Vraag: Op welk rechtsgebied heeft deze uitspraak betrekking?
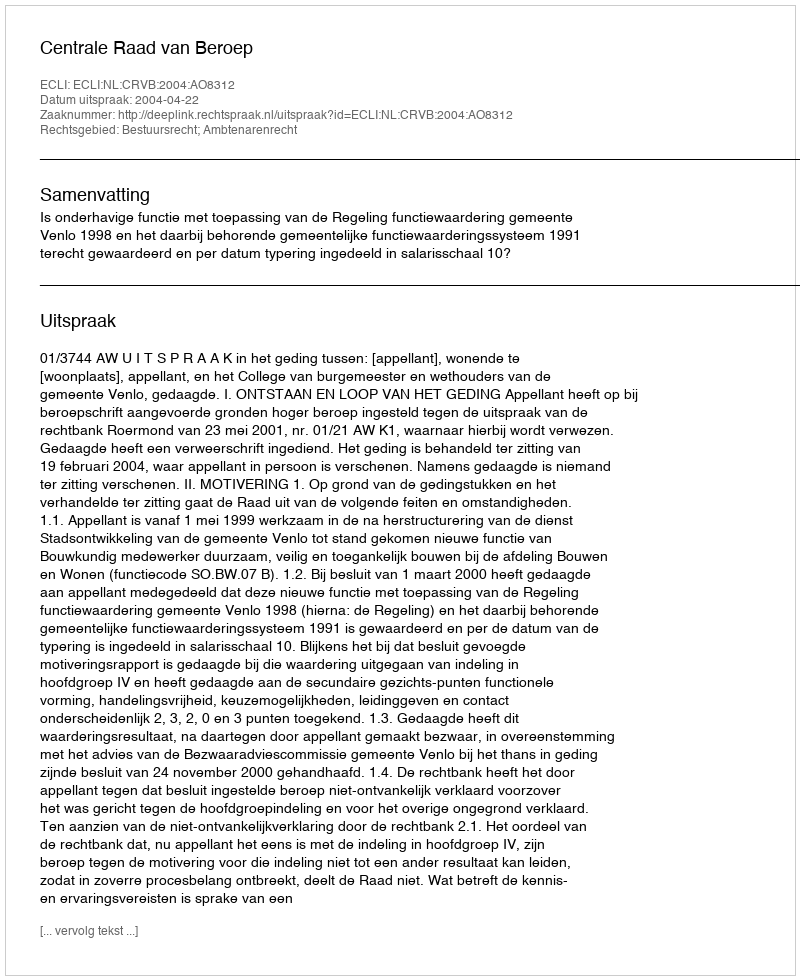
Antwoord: Bestuursrecht; Ambtenarenrecht